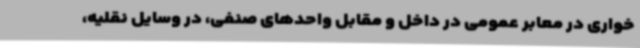
خواری در معابر عمومی در داخل و مقابل واحدهای صنفی، در وسایل نقلیه،